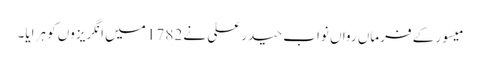
میسور کے فرماں رواں نواب حیدر علی نے 1782 میں انگریزوں کو ہرایا۔